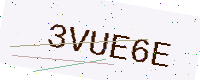
Text: 3VUE6E